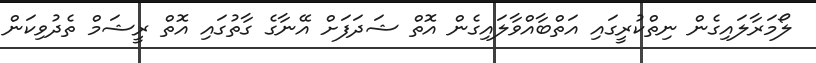
ލޯމަރާލައިގެން ނިތްކުރީގައި އަތްބާއްވާލައިގެން އޮތް ޝަދަފަށް އޭނާގެ ގާތުގައި އޮތް ރީޝަމް ތެދުވިކަން